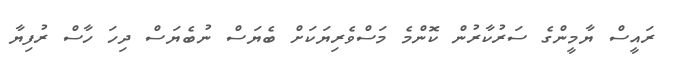
ރައީސް ޔާމީންގެ ސަރުކާރުން ކޮންމެ މަސްވެރިޔަކަށް ބެޔަސް ނުބެޔަސް ދިހަ ހާސް ރުފިޔާ